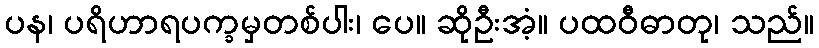
ပန၊ ပရိဟာရပက္ခမှတစ်ပါး၊ ပေ။ ဆိုဦးအံ့။ ပထဝီဓာတု၊ သည်။